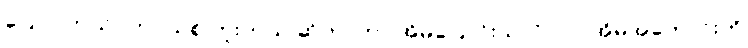
ပြောပါတယ်။ ဘဝသစ် ကူးတယ် ဆိုတာဟာ အိမ်ပြောင်းသလိုပါပဲ။ အိမ်အဟောင်းကို